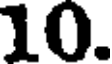
10.